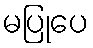
မပြုပေ